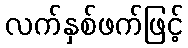
လက်နှစ်ဖက်ဖြင့်